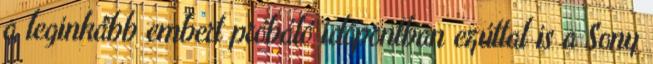
a leginkább embert próbáló időpontban ezúttal is a Sony